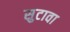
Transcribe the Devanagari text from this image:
सुटावा